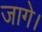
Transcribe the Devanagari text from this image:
जागे।